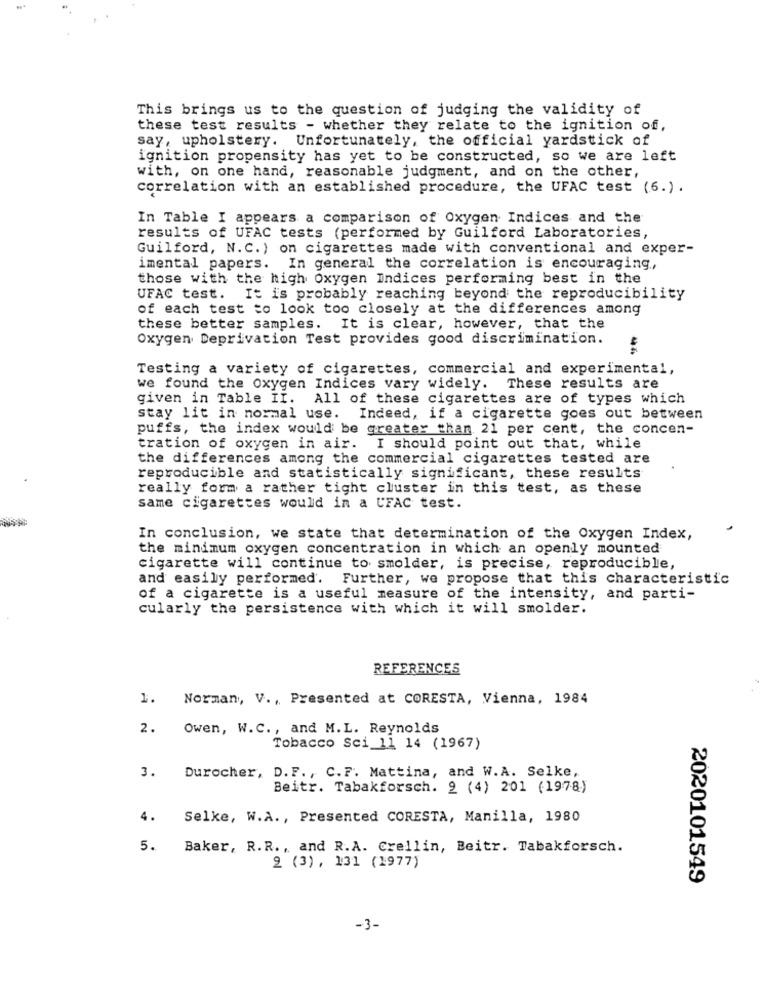
This brings us to the question of judging the validity of
these test results - whether they relate to the ignition of,
say, upholstery. Unfortunately, the official yardstick of
ignition propensity has yet to be constructed, so we are left
with, on one hand, reasonable judgment, and on the other,
correlation with an established procedure, the UFAC test (6.).
In Table I appears a comparison of Oxygen Indices and the
results of UFAC tests (performed by Guilford Laboratories,
Guilford, N.C. ) on cigarettes made with conventional and exper-
imental papers. In general the correlation is encouraging,
those with the high Oxygen Indices performing best in the
UFAC test. It is probably reaching beyond the reproducibility
of each test to look too closely at the differences among
these better samples. It is clear, however, that the
Oxygen Deprivation Test provides good discrimination.
Testing a variety of cigarettes, commercial and experimental,
we found the Oxygen Indices vary widely. These results are
given in Table II. All of these cigarettes are of types which
stay lit in normal use. Indeed, if a cigarette goes out between
puffs, the index would be greater than 21 per cent, the concen-
tration of oxygen in air. I should point out that, while
the differences among the commercial cigarettes tested are
reproducible and statistically significant, these results
really form a rather tight cluster in this test, as these
same cigarettes would in a UFAC test.
In conclusion, we state that determination of the Oxygen Index,
the minimum oxygen concentration in which an openly mounted
cigarette will continue to smolder, is precise, reproducible,
and easily performed. Further, we propose that this characteristic
of a cigarette is a useful measure of the intensity, and parti-
cularly the persistence with which it will smolder.
REFERENCES
1.
Norman, V ., Presented at CORESTA, Vienna, 1984
2.
Owen, W.C ., and M.L. Reynolds
Tobacco Sci 11 14 (1967)
3.
Durocher, D.F ., C.F. Mattina, and W.A. Selke,
Beitr. Tabakforsch. 2 (4) 201 (1978)
4.
Selke, W.A ., Presented CORESTA, Manilla, 1980
5.
Baker, R.R ., and R.A. Crellin, Beitr. Tabakforsch.
9 (3) , 131 (1977)
2020101549
-3-